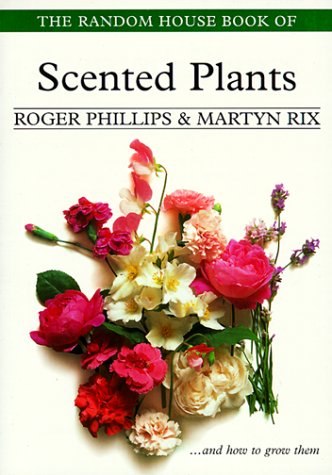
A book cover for The Random House Book of Scented Plants (Garden Plant Series); Roger Phillips; Crafts, Hobbies & Home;